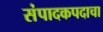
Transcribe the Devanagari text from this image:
संपादकपदाचा